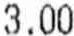
3.00